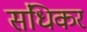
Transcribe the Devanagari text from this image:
संधिकर